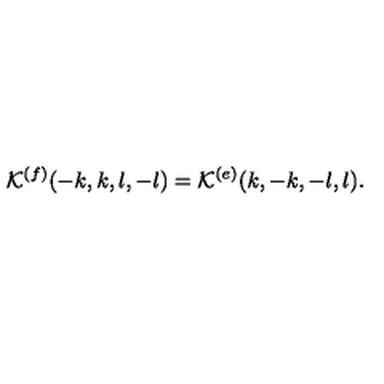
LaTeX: { \cal K } ^ { ( f ) } ( - k , k , l , - l ) = { \cal K } ^ { ( e ) } ( k , - k , - l , l ) .